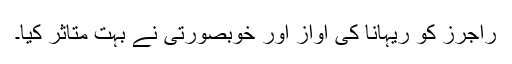
راجرز کو ریہانا کی آواز اور خوبصورتی نے بہت متاثر کیا۔